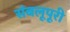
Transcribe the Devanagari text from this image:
संबलूपूरी